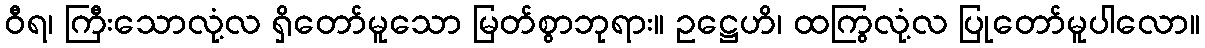
ဝီရ၊ ကြီးသောလုံ့လ ရှိတော်မူသော မြတ်စွာဘုရား။ ဥဋ္ဌေဟိ၊ ထကြွလုံ့လ ပြုတော်မူပါလော။